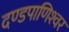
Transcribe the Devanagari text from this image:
दण्‍डपाणिश्‍वर